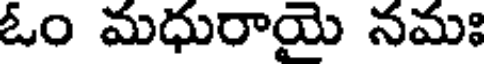
ఓం మధురాయై నమః